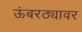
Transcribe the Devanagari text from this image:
ऊंबरठ्यावर